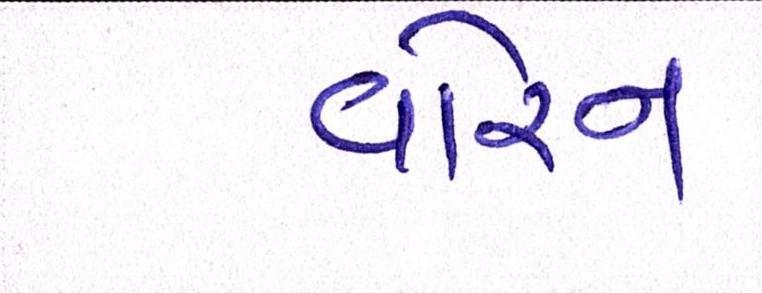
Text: વોરન